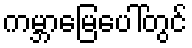
ကမ္ဘာမြေပေါ်တွင်